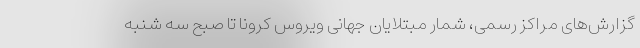
گزارش‌های مراکز رسمی، شمار مبتلایان جهانی ویروس کرونا تا صبح سه شنبه